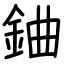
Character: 𨦈